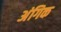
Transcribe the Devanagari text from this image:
अंगिक